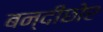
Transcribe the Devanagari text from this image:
बन्दीछोर